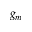
g _ { m }